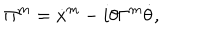
LaTeX: \Pi ^ { m } = \dot { x } ^ { m } - i \theta \Gamma ^ { m } \dot { \theta } ,